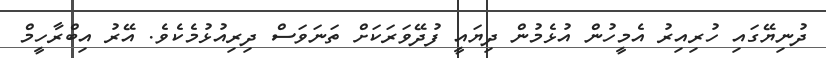
ދުނިޔޭގައި ހުރިއިރު އެމީހުން އުޅެމުން ދިޔައީ ފުދޭވަރަކަށް ތަނަވަސް ދިރިއުޅުމެކެވެ. އޭރު އިބްރާހީމް